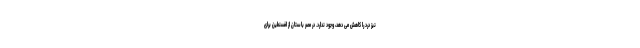
نیز درد را کاهش می دهد، وجود ندارد. در مصر باستان از افسنطین برای